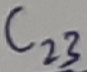
Text: C23